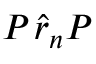
P _ { \bf \Pi } \hat { r } _ { n } P _ { \bf \Pi }